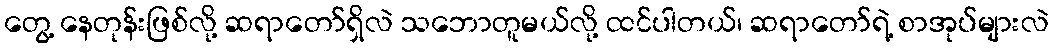
တွေ့ နေတုန်းဖြစ်လို့ ဆရာတော်ရှိလဲ သဘောတူမယ်လို့ ထင်ပါတယ်၊ ဆရာတော်ရဲ့ စာအုပ်များလဲ